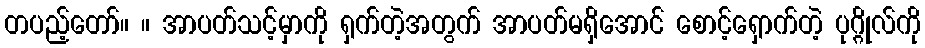
တပည့်တော်။ ။ အာပတ်သင့်မှာကို ရှက်တဲ့အတွက် အာပတ်မရှိအောင် စောင့်ရှောက်တဲ့ ပုဂ္ဂိုလ်ကို